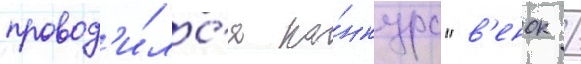
провод'и́лс'я ко́нкурс "в'енок /